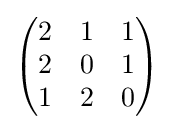
{\begin{pmatrix}2&1&1\\2&0&1\\1&2&0\end{pmatrix}}